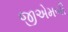
જીએમબી